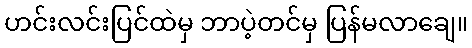
ဟင်းလင်းပြင်ထဲမှ ဘာပဲ့တင်မှ ပြန်မလာချေ။